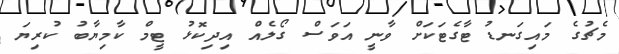
މެޗުގެ މައިގަނޑު ޓާގެޓަކަށް ވާނީ އަވަސް ގޯލެއް އިދިކޮޅު ޓީމް ކާމިޔާބު ކުރިޔަ